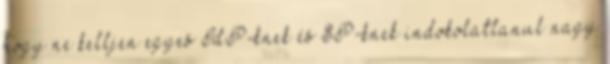
hogy ne kelljen egyes IdP-knek és SP-knek indokolatlanul nagy